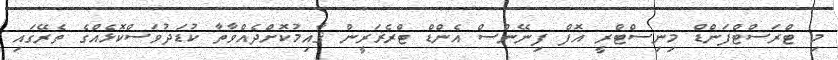
މި ޓްރަސްޓްފަންޑް މިނިސްޓްރީ އޮފް ފިނޭންސް އެންޑް ޓްރެޜަރީން ޤާއިމުކޮށްދެއްވާތާ ކުޑަދުވަސްކޮޅެއްގެ ތެރޭގައި